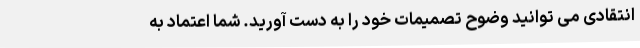
انتقادی می توانید وضوح تصمیمات خود را به دست آورید. شما اعتماد به